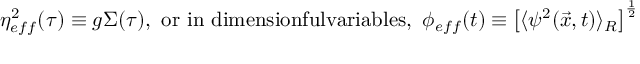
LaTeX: \eta _ { e f f } ^ { 2 } ( \tau ) \equiv g \Sigma ( \tau ) , \mathrm { ~ o r ~ i n ~ d i m e n s i o n f u l v a r i a b l e s , ~ } \phi _ { e f f } ( t ) \equiv \left[ \langle \psi ^ { 2 } ( \vec { x } , t ) \rangle _ { R } \right] ^ { \frac { 1 } { 2 } }